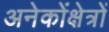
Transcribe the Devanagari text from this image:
अनेकोंक्षेत्रों